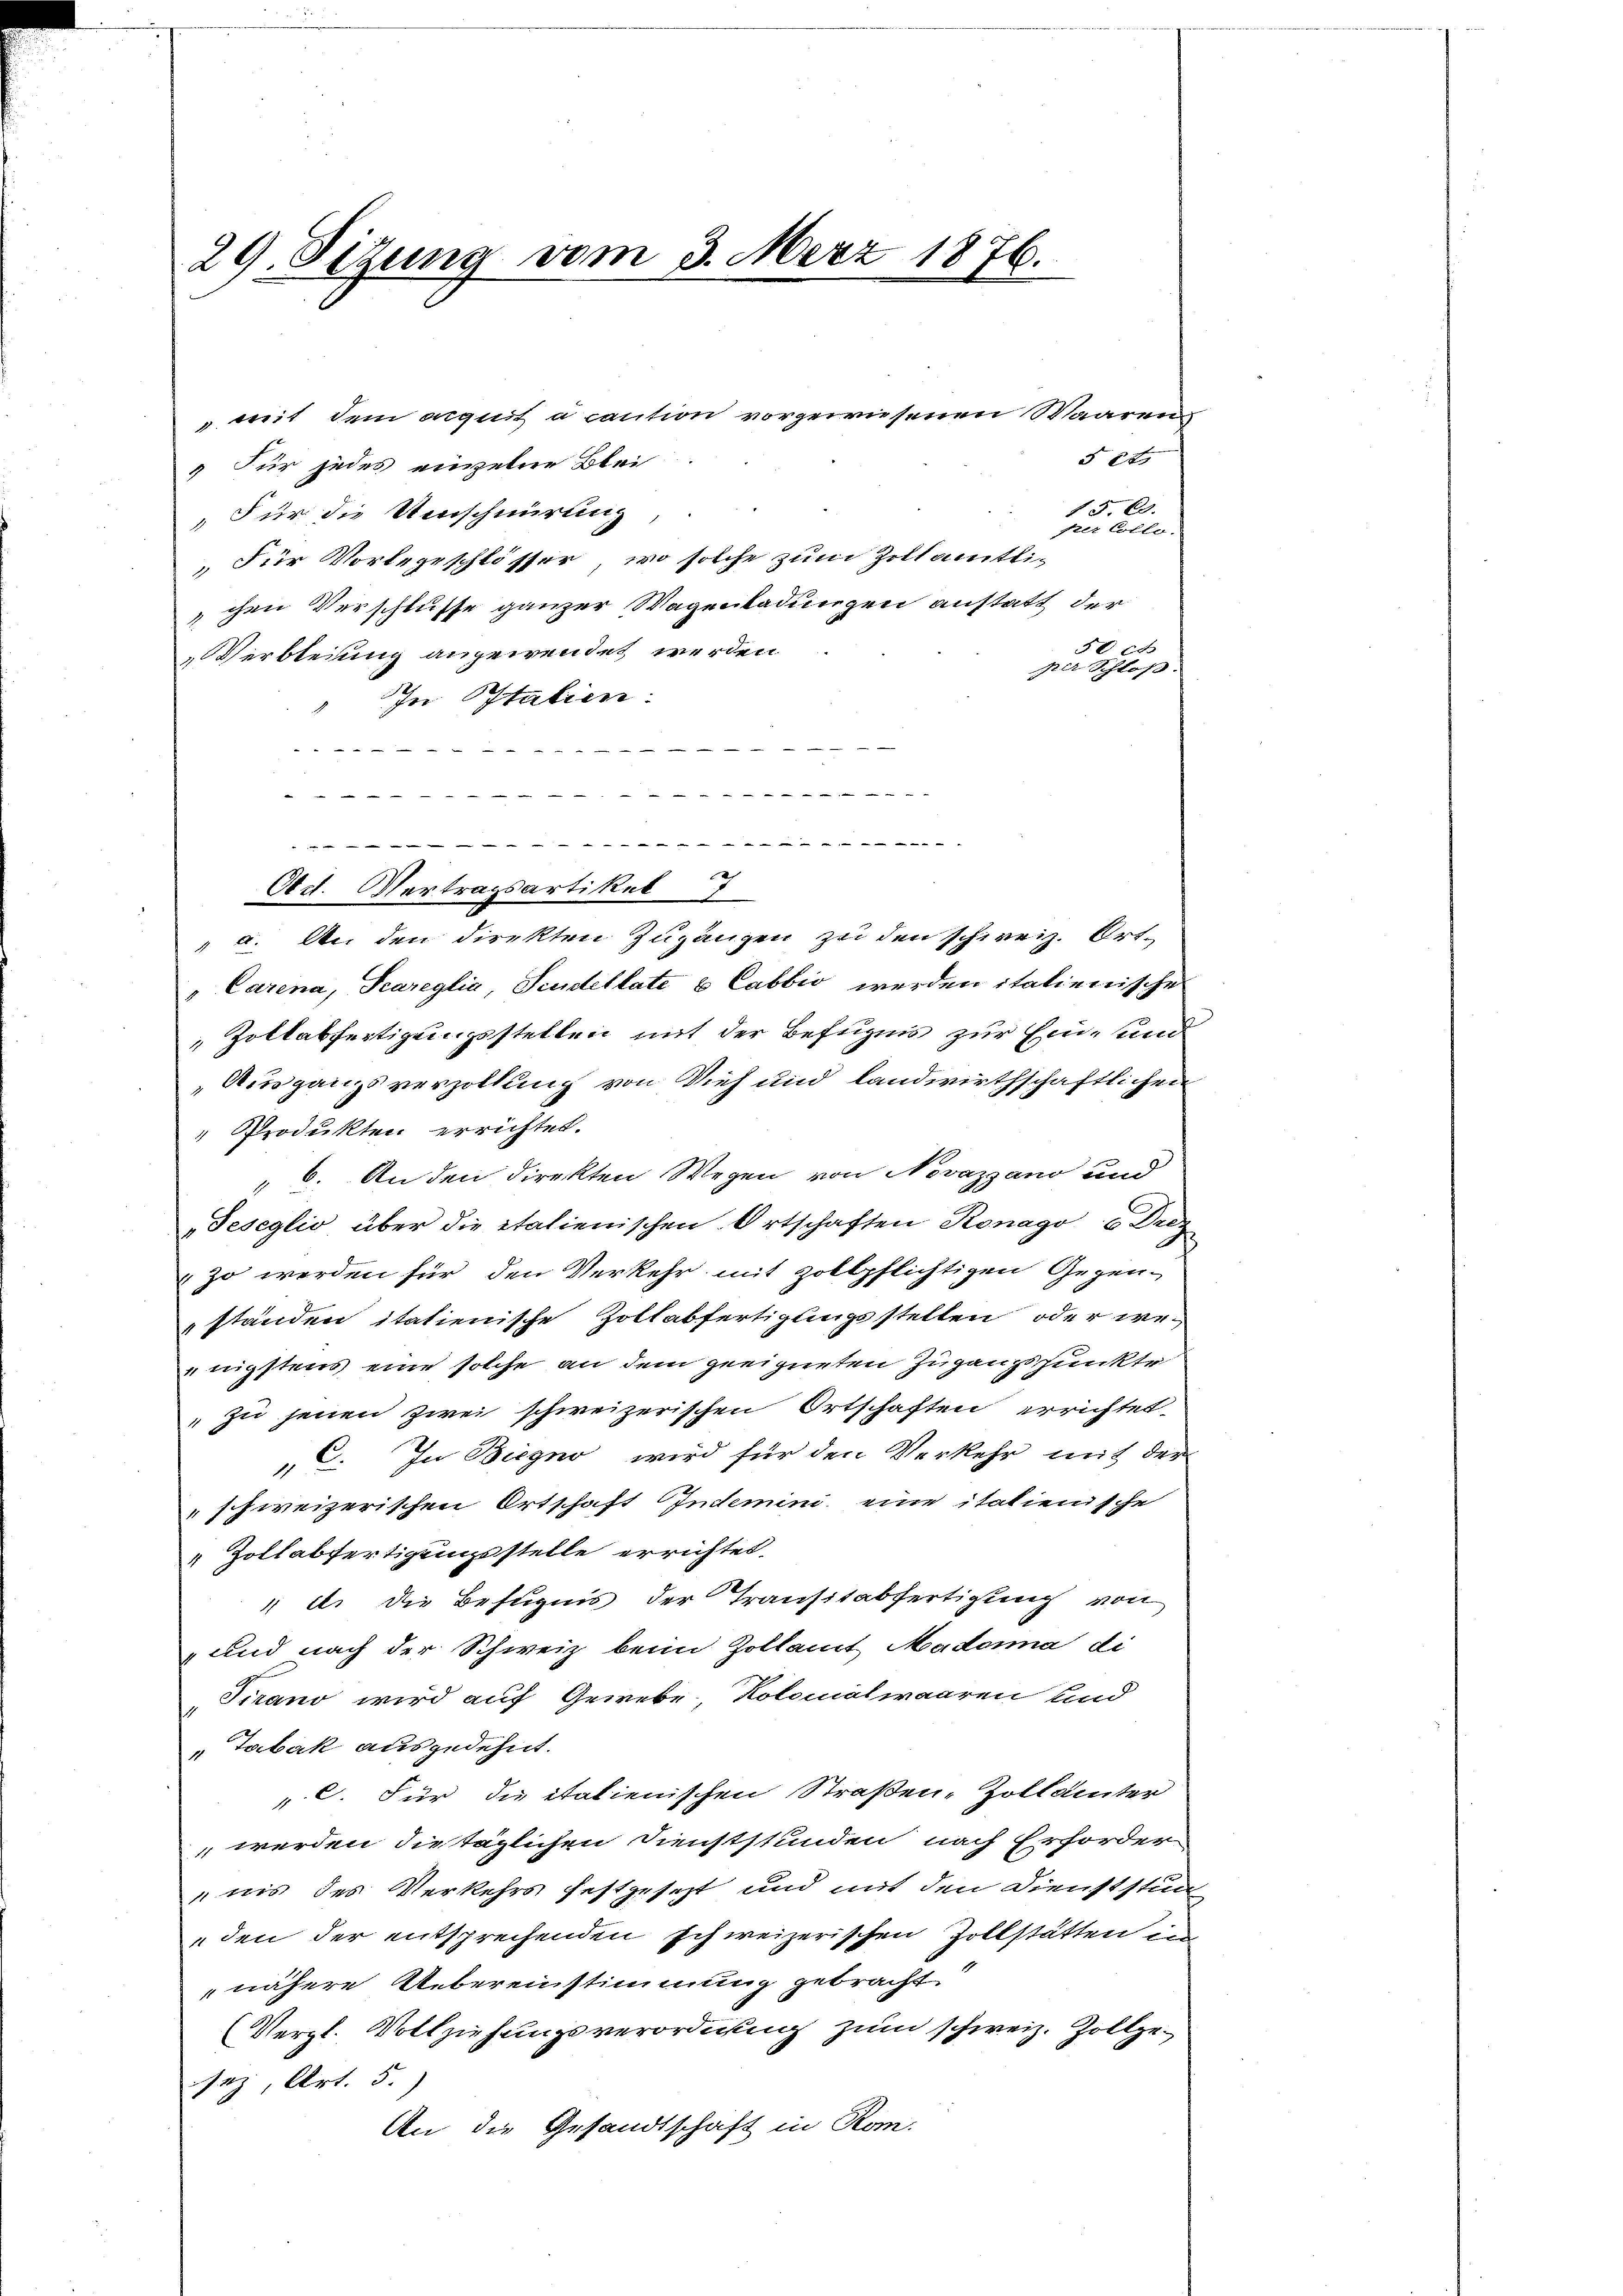
29. Sitzung vom 3. März 1876.

§ 24
 Für jedes einzelne Blei
15. 69.
"Für die Umschnürung
srer Collo.
Für Vorlegeschlösser, wo solche zum Zillamtlic
chen Verschlusse ganzer Wagenladungen anstatt der
30 xx
Verbleiung angewendet werden.
per Schloß.
In Italien.
2
.en                                                                                                   den Aber die Ehe Ihre als Gener Heille, alles weiten sie tit. Badans das seine
". An den direkten Zugangen zu den schweiz. Ort¬
" Carena, Scareglia, Scudellate 6 Cabbio werden italienische
 Zollabfertigungsstellen mit der Befugnis zur Ein- und
Ausgangsverzollung von Vieh und landwirthschaftlichen
" Produkten errichtet.
" 6. An den direkten Wegen von Novazzano und
„Teseglio über die italienischen Ortschaften Konago u Drey
zo werden für den Verkehr mit zollpflichtigen Gegenständen itatienische Zollabfertigungsstellen oder wenigstens eine solche an dem geeigneten Zugangspunkte
zu jenen zwei schweizerischen Ortschaften errichtet.
C. In Biegno wird für den Verkehr mit der
schweizerischen Ortschaft Indemini eine italienische
 Zollabfertigungsstelle errichtet.
" ils die Befugnis der Transitabfertigung von
" und nach der Schweiz beim Zollamt Mademia di
Tirano wird auf Gewebe, Kolomalwaaren und
"Tabak ausgedehnt.
" C. Für die italienischen Straßen, Zollämter
werden die täglichen Dienststunden nach Erforder
nis des Verkehrs festgesezt und mit den Dienststun-
den der entsprechenden schweizerischen Zollstätten in
nähere Uebereinstimmung gebracht
(Vergl. Vollziehungsverordnung zum schweiz. Zollgesez, Art. 5.)
An die Gesandtschaft in Rom.

tos die wie wieden ein wir wie in der an den in den wir in von der wenn in der in der der den
2
Oct. Vertragsartikel 1

weit dem august a caution vorgewiesenen Waaren